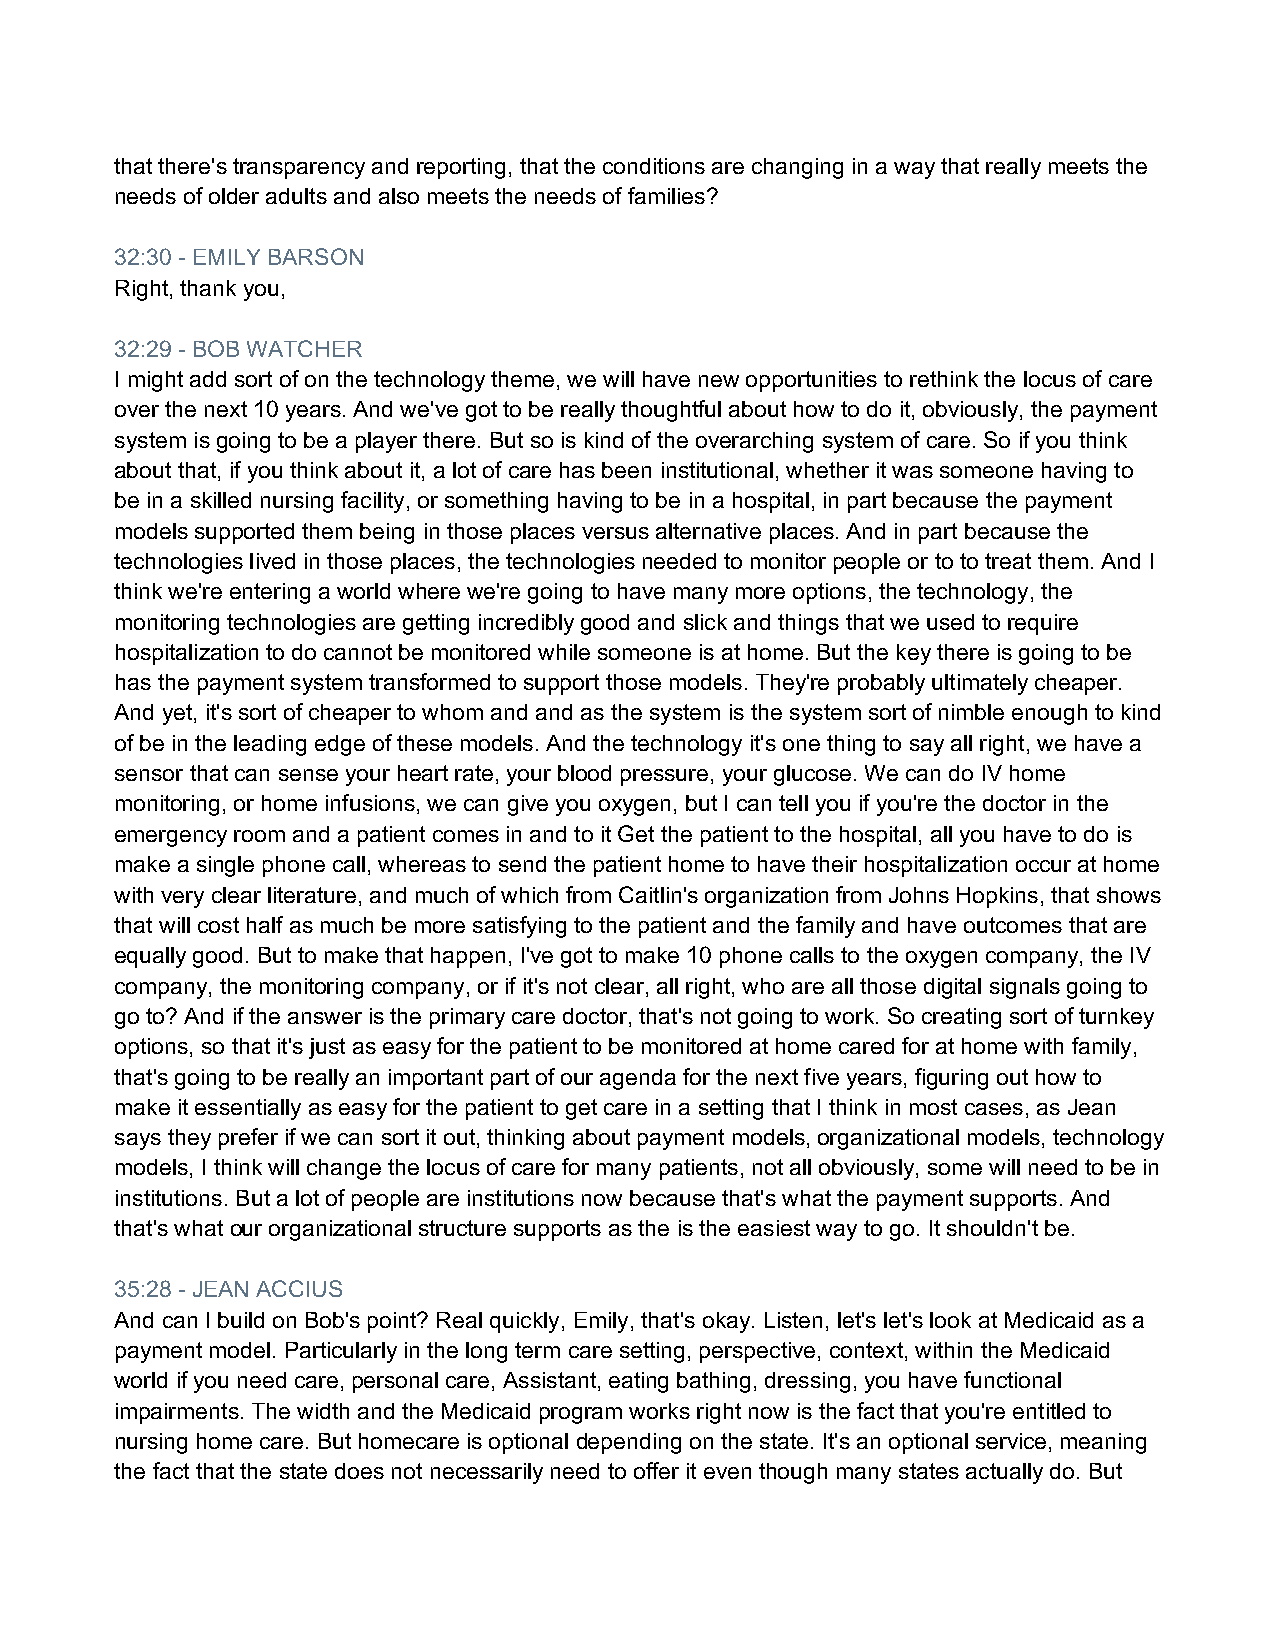
that there's transparency and reporting, that the conditions are changing in a way that really meets the
 needs of older adults and also meets the needs of families?
 32:30 - EMILY BARSON
 Right, thank you,
 32:29 - BOB WATCHER
 I might add sort of on the technology theme, we will have new opportunities to rethink the locus of care
 over the next 10 years. And we've got to be really thoughtful about how to do it, obviously, the payment
 system is going to be a player there. But so is kind of the overarching system of care. So if you think
 about that, if you think about it, a lot of care has been institutional, whether it was someone having to
 be in a skilled nursing facility, or something having to be in a hospital, in part because the payment
 models supported them being in those places versus alternative places. And in part because the
 technologies lived in those places, the technologies needed to monitor people or to to treat them. And I
 think we're entering a world where we're going to have many more options, the technology, the
 monitoring technologies are getting incredibly good and slick and things that we used to require
 hospitalization to do cannot be monitored while someone is at home. But the key there is going to be
 has the payment system transformed to support those models. They're probably ultimately cheaper.
 And yet, it's sort of cheaper to whom and and as the system is the system sort of nimble enough to kind
 of be in the leading edge of these models. And the technology it's one thing to say all right, we have a
 sensor that can sense your heart rate, your blood pressure, your glucose. We can do IV home
 monitoring, or home infusions, we can give you oxygen, but I can tell you if you're the doctor in the
 emergency room and a patient comes in and to it Get the patient to the hospital, all you have to do is
 make a single phone call, whereas to send the patient home to have their hospitalization occur at home
 with very clear literature, and much of which from Caitlin's organization from Johns Hopkins, that shows
 that will cost half as much be more satisfying to the patient and the family and have outcomes that are
 equally good. But to make that happen, I've got to make 10 phone calls to the oxygen company, the IV
 company, the monitoring company, or if it's not clear, all right, who are all those digital signals going to
 go to? And if the answer is the primary care doctor, that's not going to work. So creating sort of turnkey
 options, so that it's just as easy for the patient to be monitored at home cared for at home with family,
 that's going to be really an important part of our agenda for the next five years, figuring out how to
 make it essentially as easy for the patient to get care in a setting that I think in most cases, as Jean
 says they prefer if we can sort it out, thinking about payment models, organizational models, technology
 models, I think will change the locus of care for many patients, not all obviously, some will need to be in
 institutions. But a lot of people are institutions now because that's what the payment supports. And
 that's what our organizational structure supports as the is the easiest way to go. It shouldn't be.
 35:28 - JEAN ACCIUS
 And can I build on Bob's point? Real quickly, Emily, that's okay. Listen, let's let's look at Medicaid as a
 payment model. Particularly in the long term care setting, perspective, context, within the Medicaid
 world if you need care, personal care, Assistant, eating bathing, dressing, you have functional
 impairments. The width and the Medicaid program works right now is the fact that you're entitled to
 nursing home care. But homecare is optional depending on the state. It's an optional service, meaning
 the fact that the state does not necessarily need to offer it even though many states actually do. But